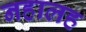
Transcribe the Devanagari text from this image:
नहालह